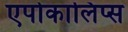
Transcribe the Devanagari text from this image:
एपोकालिप्स